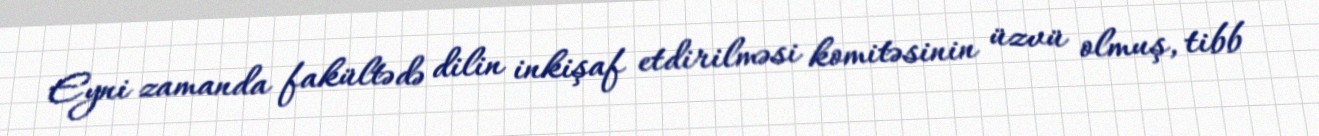
Eyni zamanda fakültədə dilin inkişaf etdirilməsi komitəsinin üzvü olmuş, tibb